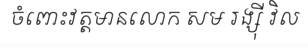
ចំពោះវត្តមានលោក សម រង្ស៊ី វិល